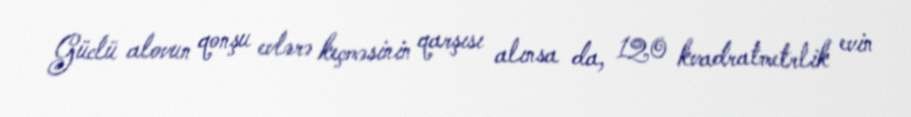
Güclü alovun qonşu evlərə keçməsinin qarşısı alınsa da, 120 kvadratmetrlik evin